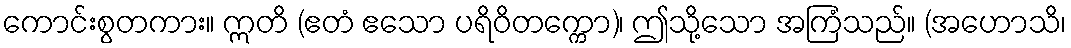
ကောင်းစွတကား။ ဣတိ (ဧတံ ဧသော ပရိဝိတက္ကော)၊ ဤသို့သော အကြံသည်။ (အဟောသိ၊